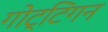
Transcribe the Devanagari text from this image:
गोट्टिंगन